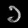
Digit: ၁